Leaving Certificate Examination (including Day School Certificate (Higher) General paper), 1936
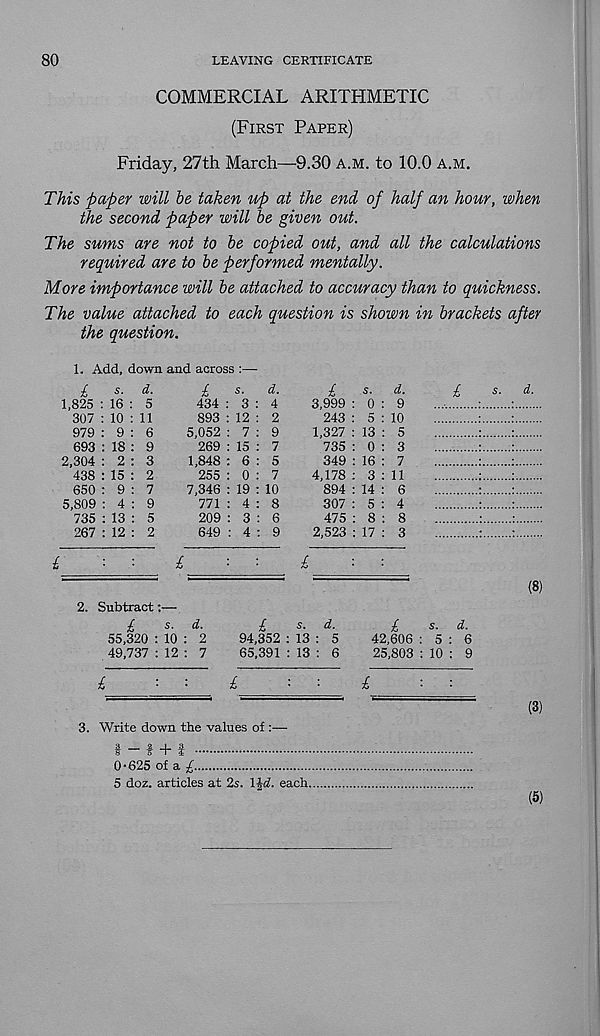
80
LEAVING CERTIFICATE
COMMERCIAL ARITHMETIC
(First Paper)
Friday, 27th March—9.30 A.M. to 10.0 a.m.
This paper will he taken up at the end of half an hour, when
the second paper will be given out.
The sums are not to he copied out, and all the calculations
required are to he performed mentally.
More importance will he attached to accuracy than to quickness.
The value attached to each question is shown in brackets after
the question.
1. Add, down and across :—
£
s. d.
1,825 : 16 : 5
307 : 10 : 11
979 : 9 : 6
693 : 18 : 9
2,304 : 2 : 3
438 : 15 : 2
650 : 9 : 7
5,809 : 4 : 9
735 : 13 : 5
267 : 12 : 2
£
s. d.
434 : 3 : 4
893 : 12 : 2
5,052 : 7 : 9
269 : 15 : 7
1,848 : 6 : 5
255 : 0 : 7
7,346 : 19 : 10
771 : 4 : 8
209 : 3 : 6
649 : 4 : 9
£
s. d.
3,999 : 0 : 9
243 : 5 : 10
1,327 : 13 : 5
735 : 0 : 3
349 : 16 : 7
4,178 : 3:11
894 : 14 : 6
307 : 5 : 4
475 : 8 : 8
2,523 : 17 : 3
£
£■■■ £
£
s. d.
(8)
2. Subtract:—
£
s. d.
55,320 : 10 : 2
49,737 : 12 : 7
£
s. d.
94,352 : 13 : 5
65,391 : 13 : 6
£
s. d.
42,606 : 5 : 6
25,803 : 10 : 9
£
3. Write down the values of :—
(3)
I — I + i
0-625 of a £
5 doz. articles at 2s. l^d. each,
(5)